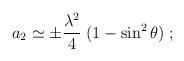
LaTeX: \begin{align*}a_2 \simeq \pm {\lambda^2 \over 4}\; (1-\sin^2\theta)\;;\end{align*}